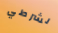
لشرطي